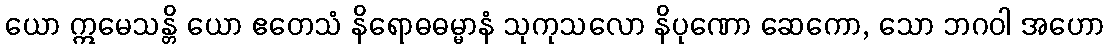
ယော ဣမေသန္တိ ယော ဧတေသံ နိရောဓဓမ္မာနံ သုကုသလော နိပုဏော ဆေကော, သော ဘဂဝါ အဟော